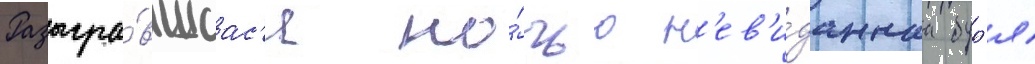
Разыгра́вшаас'я но́чью н'ев'и́даннаа бур'я